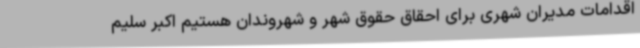
اقدامات مدیران شهری برای احقاق حقوق شهر و شهروندان هستیم اکبر سلیم